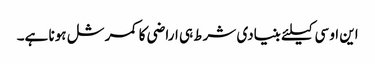
این او سی کیلئے بنیادی شرط ہی اراضی کا کمرشل ہونا ہے۔